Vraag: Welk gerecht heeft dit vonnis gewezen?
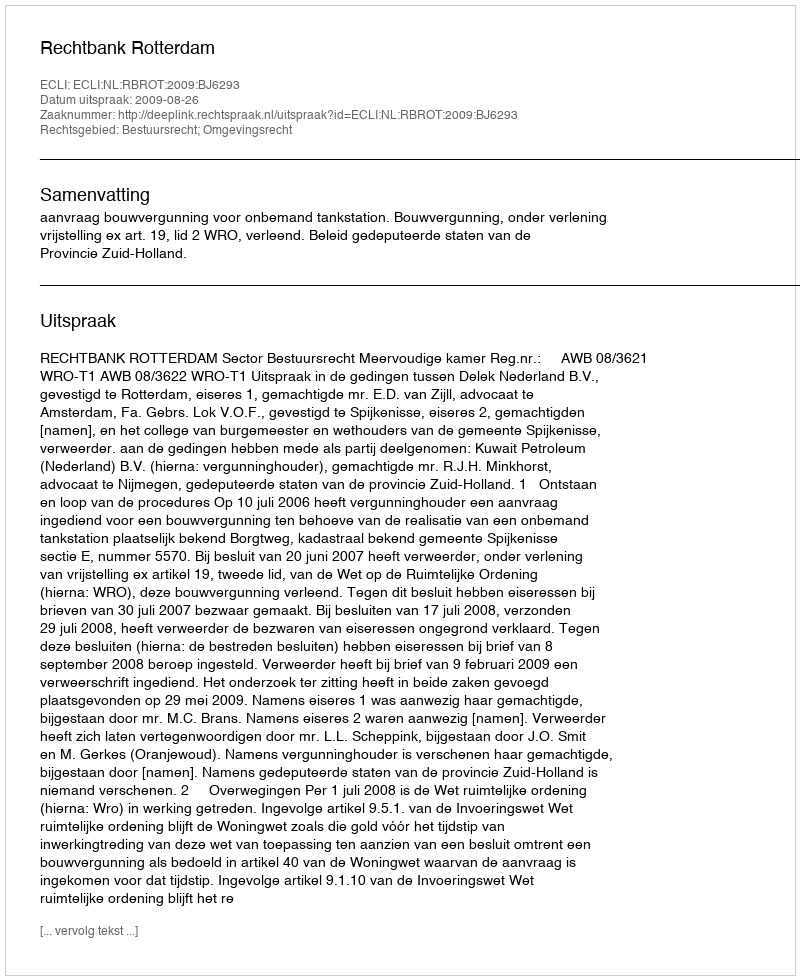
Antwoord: Rechtbank Rotterdam